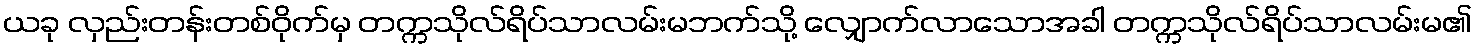
ယခု လှည်းတန်းတစ်ဝိုက်မှ တက္ကသိုလ်ရိပ်သာလမ်းမဘက်သို့ လျှောက်လာသောအခါ တက္ကသိုလ်ရိပ်သာလမ်းမ၏